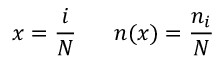
x = \frac { i } { N } \; \; \; \; \; \; n ( x ) = \frac { n _ { i } } { N }